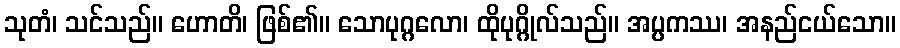
သုတံ၊ သင်သည်။ ဟောတိ၊ ဖြစ်၏။ သောပုဂ္ဂလော၊ ထိုပုဂ္ဂိုလ်သည်။ အပ္ပကဿ၊ အနည်ငယ်သော။